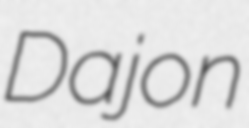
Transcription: Dajon